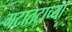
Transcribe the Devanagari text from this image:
गटातटाच्या